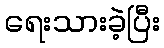
ရေးသားခဲ့ပြီး